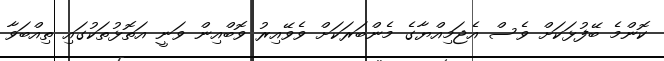
ކޮންމެ ބޭފުޅަކަށް ވެސް އެޖަމިއްޔާގެ މެންބަރަކަށް ވެވޭއިރު ވޮބްއިން ވަނީ އަތޮޅުތަކުގައި ތިއްބަވާ